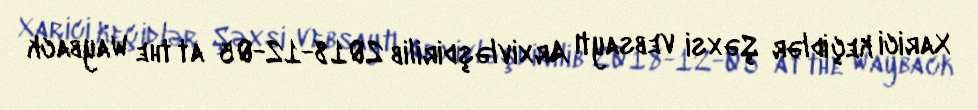
Xarici keçidlər Şəxsi vebsaytı Arxivləşdirilib 2018-12-05 at the Wayback